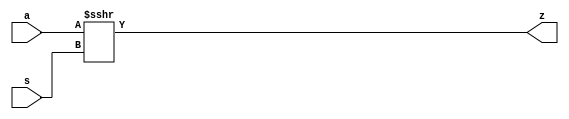
module mgc_shift_r(a,s,z);
   parameter    width_a = 4;
   parameter    signd_a = 1;
   parameter    width_s = 2;
   parameter    width_z = 8;

   input [width_a-1:0] a;
   input [width_s-1:0] s;
   output [width_z -1:0] z;

   assign z = signd_a ? fshr_u(a,s,a[width_a-1]) : fshr_u(a,s,1'b0);

   //Shift-left - unsigned shift argument one bit more
   function [width_z-1:0] fshl_u_1;
      input [width_a  :0] arg1;
      input [width_s-1:0] arg2;
      input sbit;
      parameter olen = width_z;
      parameter ilen = width_a+1;
      parameter len = (ilen >= olen) ? ilen : olen;
      reg [len-1:0] result;
      reg [len-1:0] result_t;
      begin
        result_t = {(len){sbit}};
        result_t[ilen-1:0] = arg1;
        result = result_t <<< arg2;
        fshl_u_1 =  result[olen-1:0];
      end
   endfunction // fshl_u

   //Shift-left - unsigned shift argument
   function [width_z-1:0] fshl_u;
      input [width_a-1:0] arg1;
      input [width_s-1:0] arg2;
      input sbit;
      fshl_u = fshl_u_1({sbit,arg1} ,arg2, sbit);
   endfunction // fshl_u

   //Shift right - unsigned shift argument
   function [width_z-1:0] fshr_u;
      input [width_a-1:0] arg1;
      input [width_s-1:0] arg2;
      input sbit;
      parameter olen = width_z;
      parameter ilen = signd_a ? width_a : width_a+1;
      parameter len = (ilen >= olen) ? ilen : olen;
      reg signed [len-1:0] result;
      reg signed [len-1:0] result_t;
      begin
        result_t = {(len){sbit}};
        result_t[width_a-1:0] = arg1;
        result = result_t >>> arg2;
        fshr_u =  result[olen-1:0];
      end
   endfunction // fshl_u

   //Shift left - signed shift argument
   function [width_z-1:0] fshl_s;
      input [width_a-1:0] arg1;
      input [width_s-1:0] arg2;
      input sbit;
      reg [width_a:0] sbit_arg1;
      begin
        // Ignoring the possibility that arg2[width_s-1] could be X
        // because of customer complaints regarding X'es in simulation results
        if ( arg2[width_s-1] == 1'b0 )
        begin
          sbit_arg1[width_a:0] = {(width_a+1){1'b0}};
          fshl_s = fshl_u(arg1, arg2, sbit);
        end
        else
        begin
          sbit_arg1[width_a] = sbit;
          sbit_arg1[width_a-1:0] = arg1;
          fshl_s = fshr_u(sbit_arg1[width_a:1], ~arg2, sbit);
        end
      end
   endfunction

   //Shift right - signed shift argument
   function [width_z-1:0] fshr_s;
     input [width_a-1:0] arg1;
     input [width_s-1:0] arg2;
     input sbit;
     begin
       if ( arg2[width_s-1] == 1'b0 )
       begin
         fshr_s = fshr_u(arg1, arg2, sbit);
       end
       else
       begin
         fshr_s = fshl_u_1({arg1, 1'b0},~arg2, sbit);
       end
     end
   endfunction 

endmodule